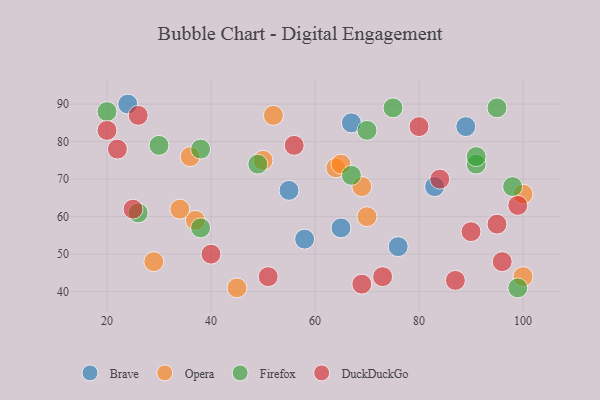
{"axis": {"x": "GDP", "y": "Life Expectancy"}, "legend": ["Brave", "DuckDuckGo", "Firefox", "Opera"], "data": [{"x": "83", "y": 68, "type": "Brave"}, {"x": "58", "y": 54, "type": "Brave"}, {"x": "65", "y": 57, "type": "Brave"}, {"x": "76", "y": 52, "type": "Brave"}, {"x": "55", "y": 67, "type": "Brave"}, {"x": "89", "y": 84, "type": "Brave"}, {"x": "67", "y": 85, "type": "Brave"}, {"x": "24", "y": 90, "type": "Brave"}, {"x": "64", "y": 73, "type": "Opera"}, {"x": "37", "y": 59, "type": "Opera"}, {"x": "100", "y": 66, "type": "Opera"}, {"x": "29", "y": 48, "type": "Opera"}, {"x": "100", "y": 44, "type": "Opera"}, {"x": "69", "y": 68, "type": "Opera"}, {"x": "34", "y": 62, "type": "Opera"}, {"x": "52", "y": 87, "type": "Opera"}, {"x": "70", "y": 60, "type": "Opera"}, {"x": "50", "y": 75, "type": "Opera"}, {"x": "36", "y": 76, "type": "Opera"}, {"x": "65", "y": 74, "type": "Opera"}, {"x": "45", "y": 41, "type": "Opera"}, {"x": "98", "y": 68, "type": "Firefox"}, {"x": "95", "y": 89, "type": "Firefox"}, {"x": "91", "y": 74, "type": "Firefox"}, {"x": "91", "y": 76, "type": "Firefox"}, {"x": "67", "y": 71, "type": "Firefox"}, {"x": "30", "y": 79, "type": "Firefox"}, {"x": "49", "y": 74, "type": "Firefox"}, {"x": "70", "y": 83, "type": "Firefox"}, {"x": "20", "y": 88, "type": "Firefox"}, {"x": "75", "y": 89, "type": "Firefox"}, {"x": "38", "y": 78, "type": "Firefox"}, {"x": "26", "y": 61, "type": "Firefox"}, {"x": "38", "y": 57, "type": "Firefox"}, {"x": "99", "y": 41, "type": "Firefox"}, {"x": "73", "y": 44, "type": "DuckDuckGo"}, {"x": "90", "y": 56, "type": "DuckDuckGo"}, {"x": "20", "y": 83, "type": "DuckDuckGo"}, {"x": "51", "y": 44, "type": "DuckDuckGo"}, {"x": "80", "y": 84, "type": "DuckDuckGo"}, {"x": "56", "y": 79, "type": "DuckDuckGo"}, {"x": "26", "y": 87, "type": "DuckDuckGo"}, {"x": "25", "y": 62, "type": "DuckDuckGo"}, {"x": "84", "y": 70, "type": "DuckDuckGo"}, {"x": "40", "y": 50, "type": "DuckDuckGo"}, {"x": "22", "y": 78, "type": "DuckDuckGo"}, {"x": "96", "y": 48, "type": "DuckDuckGo"}, {"x": "95", "y": 58, "type": "DuckDuckGo"}, {"x": "69", "y": 42, "type": "DuckDuckGo"}, {"x": "87", "y": 43, "type": "DuckDuckGo"}, {"x": "99", "y": 63, "type": "DuckDuckGo"}]}